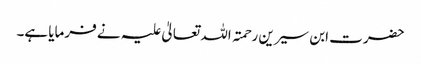
حضرت ابن سیرین رحمتہ اللہ تعالیٰ علیہ نے فرمایا ہے۔